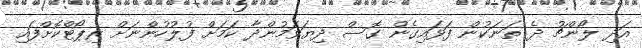
އަދި ލޯންޗު ދެ ތަނަކުން ފަޅައިގެން ގޮސް ދިޔަވަމުންދާ ކަމަށް ފުލުހުންނަށް ރިޕޯޓްކޮށްފައި